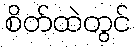
စိတ်ထဲတွင်